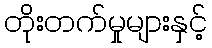
တိုးတက်မှုများနှင့်